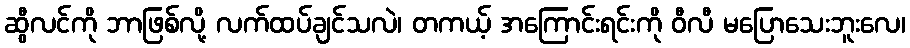
ဆွီလင်ကို ဘာဖြစ်လို့ လက်ထပ်ချင်သလဲ၊ တကယ့် အကြောင်းရင်းကို ဝီလီ မပြောသေးဘူးလေ၊